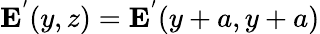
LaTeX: \textbf{E}^{'}(y,z)=\textbf{E}^{'}(y+a,y+a)